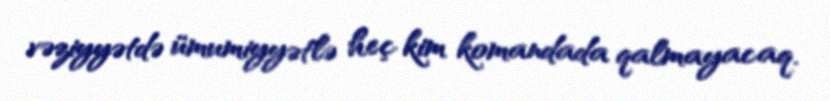
vəziyyətdə ümumiyyətlə heç kim komandada qalmayacaq.